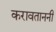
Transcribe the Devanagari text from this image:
करावताननी